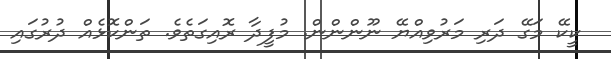
ކީކޭ މަގޭ ދަރި މަރުވިއްޔޭ ނޫންންން. މުފީދާ ރޮއިގަތެވެ. ތަންކޮޅެއް ދުރުގައި